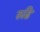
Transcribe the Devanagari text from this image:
रुढि